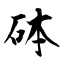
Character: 砵